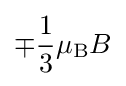
\mp {\frac {1}{3}}\mu _{\text{B}}B